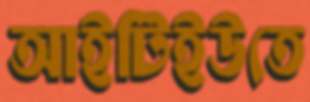
আইটিইউতে